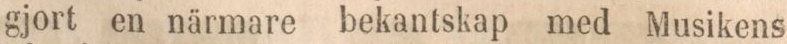
gjort en närmare bekantskap med Musikens